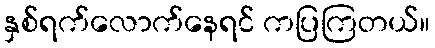
နှစ်ရက်လောက်နေရင် ကပြကြတယ်။